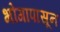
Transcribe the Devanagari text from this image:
भोगापासून